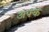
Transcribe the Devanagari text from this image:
अफ्क